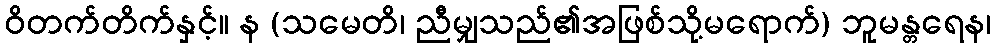
ဝိတက်တိက်နှင့်။ န (သမေတိ၊ ညီမျှသည်၏အဖြစ်သို့မရောက်) ဘူမန္တရေန၊